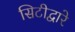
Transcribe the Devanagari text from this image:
सिटीद्वारे